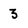
Character: 3